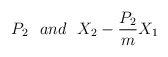
\begin{align*}P_2\,\,\,\, and \,\,\,\, X_2-\frac{P_2}{m}X_1\end{align*}